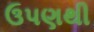
ઉપણથી